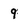
Character: 9